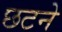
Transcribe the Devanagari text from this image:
छटने